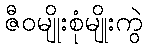
ဇီဝမျိုးစုံမျိုးကွဲ